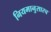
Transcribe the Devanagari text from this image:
नियमानुसारच